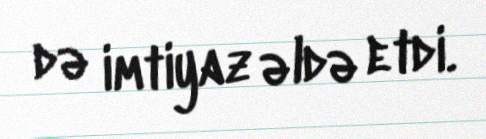
də imtiyaz əldə etdi.